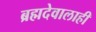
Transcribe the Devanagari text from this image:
ब्रह्मदेवालाही